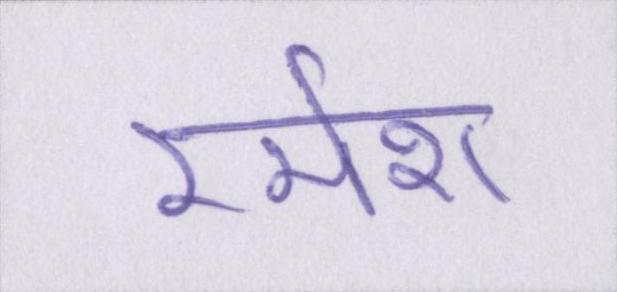
रमेश